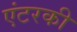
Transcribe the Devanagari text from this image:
एंटरकी